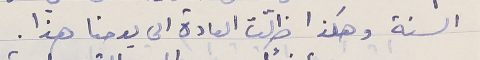
السنة وهكذا ظلّت العادة الى يومنا هذا.